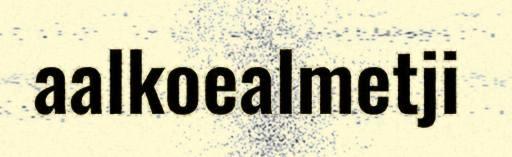
aalkoealmetji